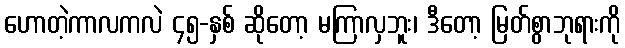
ဟောတဲ့ကာလကလဲ ၄၅-နှစ် ဆိုတော့ မကြာလှဘူး၊ ဒီတော့ မြတ်စွာဘုရားကို